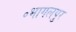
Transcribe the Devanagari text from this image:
॰भागलपुर